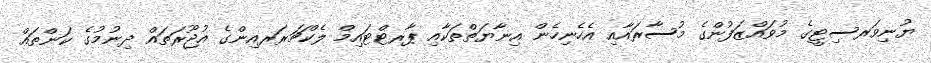
ޔުނިވަރސިޓީގެ މުވައްޒަފުންގެ މުސާރައާއި އެހެނިހެން އިނާޔަތްތަކާއި ޕާރޓްޓައިމް ލެކްޗަރަރއިންގެ އުޖޫރަތައް ދިނުމުގެ ކަންތައް